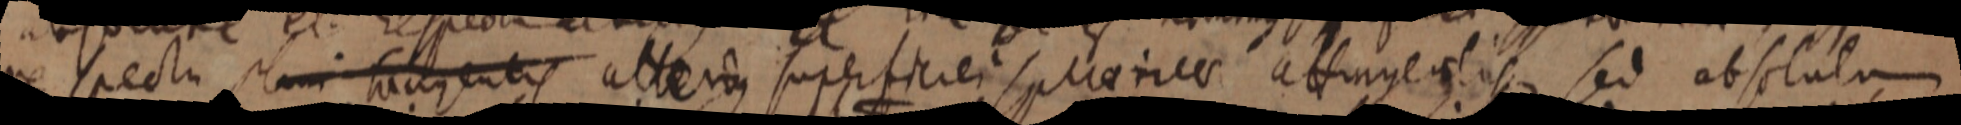
respecta plani fiarentis alterus superficiei sphaerica attingealis sed absoluta